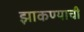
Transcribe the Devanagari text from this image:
झाकण्याची